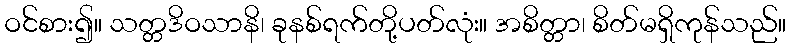
ဝင်စား၍။ သတ္တဒိဝသာနိ၊ ခုနစ်ရက်တို့ပတ်လုံး။ အစိတ္တာ၊ စိတ်မရှိကုန်သည်။